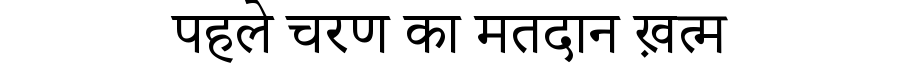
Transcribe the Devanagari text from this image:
पहले चरण का मतदान ख़त्म